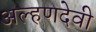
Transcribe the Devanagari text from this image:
अल्हणदेवी